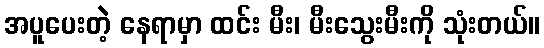
အပူပေးတဲ့ နေရာမှာ ထင်း မီး၊ မီးသွေးမီးကို သုံးတယ်။